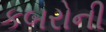
કબરોની